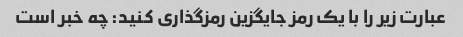
عبارت زیر را با یک رمز جایگزین رمزگذاری کنید: چه خبر است